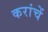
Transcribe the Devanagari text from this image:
करांचें